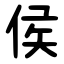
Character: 侯